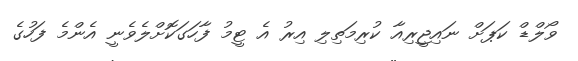
ވޯލްޑް ކަޕަށް ނައިޖީރިއާ ކުރިމަތިލި އިރު އެ ޓީމު ފާހަގަކޮށްލެވެނީ އެންމެ ފަހުގެ